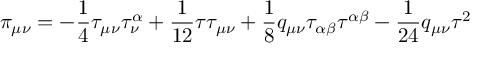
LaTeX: \pi _ { \mu \nu } = - \frac { 1 } { 4 } \tau _ { \mu \nu } \tau _ { \nu } ^ { \alpha } + \frac { 1 } { 1 2 } \tau \tau _ { \mu \nu } + \frac { 1 } { 8 } q _ { \mu \nu } \tau _ { \alpha \beta } \tau ^ { \alpha \beta } - \frac { 1 } { 2 4 } q _ { \mu \nu } \tau ^ { 2 }